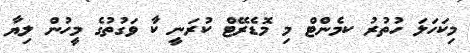
މިކަހަލަ ހުތުރު ކމެންޓް މި މޮޑެރޭޓް ކުރަނީ ކާަު ވަގުތުގެ މީހުން ލިޔާ